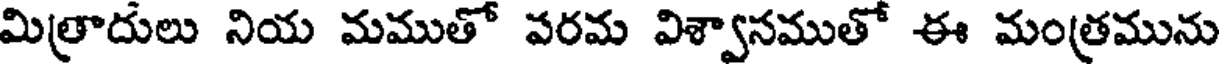
మిత్రాదులు నియ మముతో పరమ విశ్వానముతో ఈ మంత్రమును